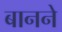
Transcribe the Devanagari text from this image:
बानने